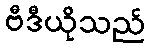
ဗီဒီယိုသည်